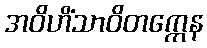
အဝိဟိံသာဝိတက္ကေန